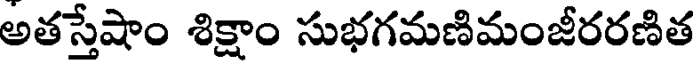
అతస్తేషాం శిక్షాం సుభగమణిమంజీరరణిత